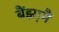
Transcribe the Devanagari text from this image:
बैंझ़ामैं